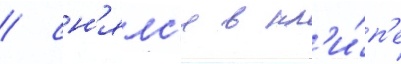
/ сн'ялс'я в кл'и́п'е